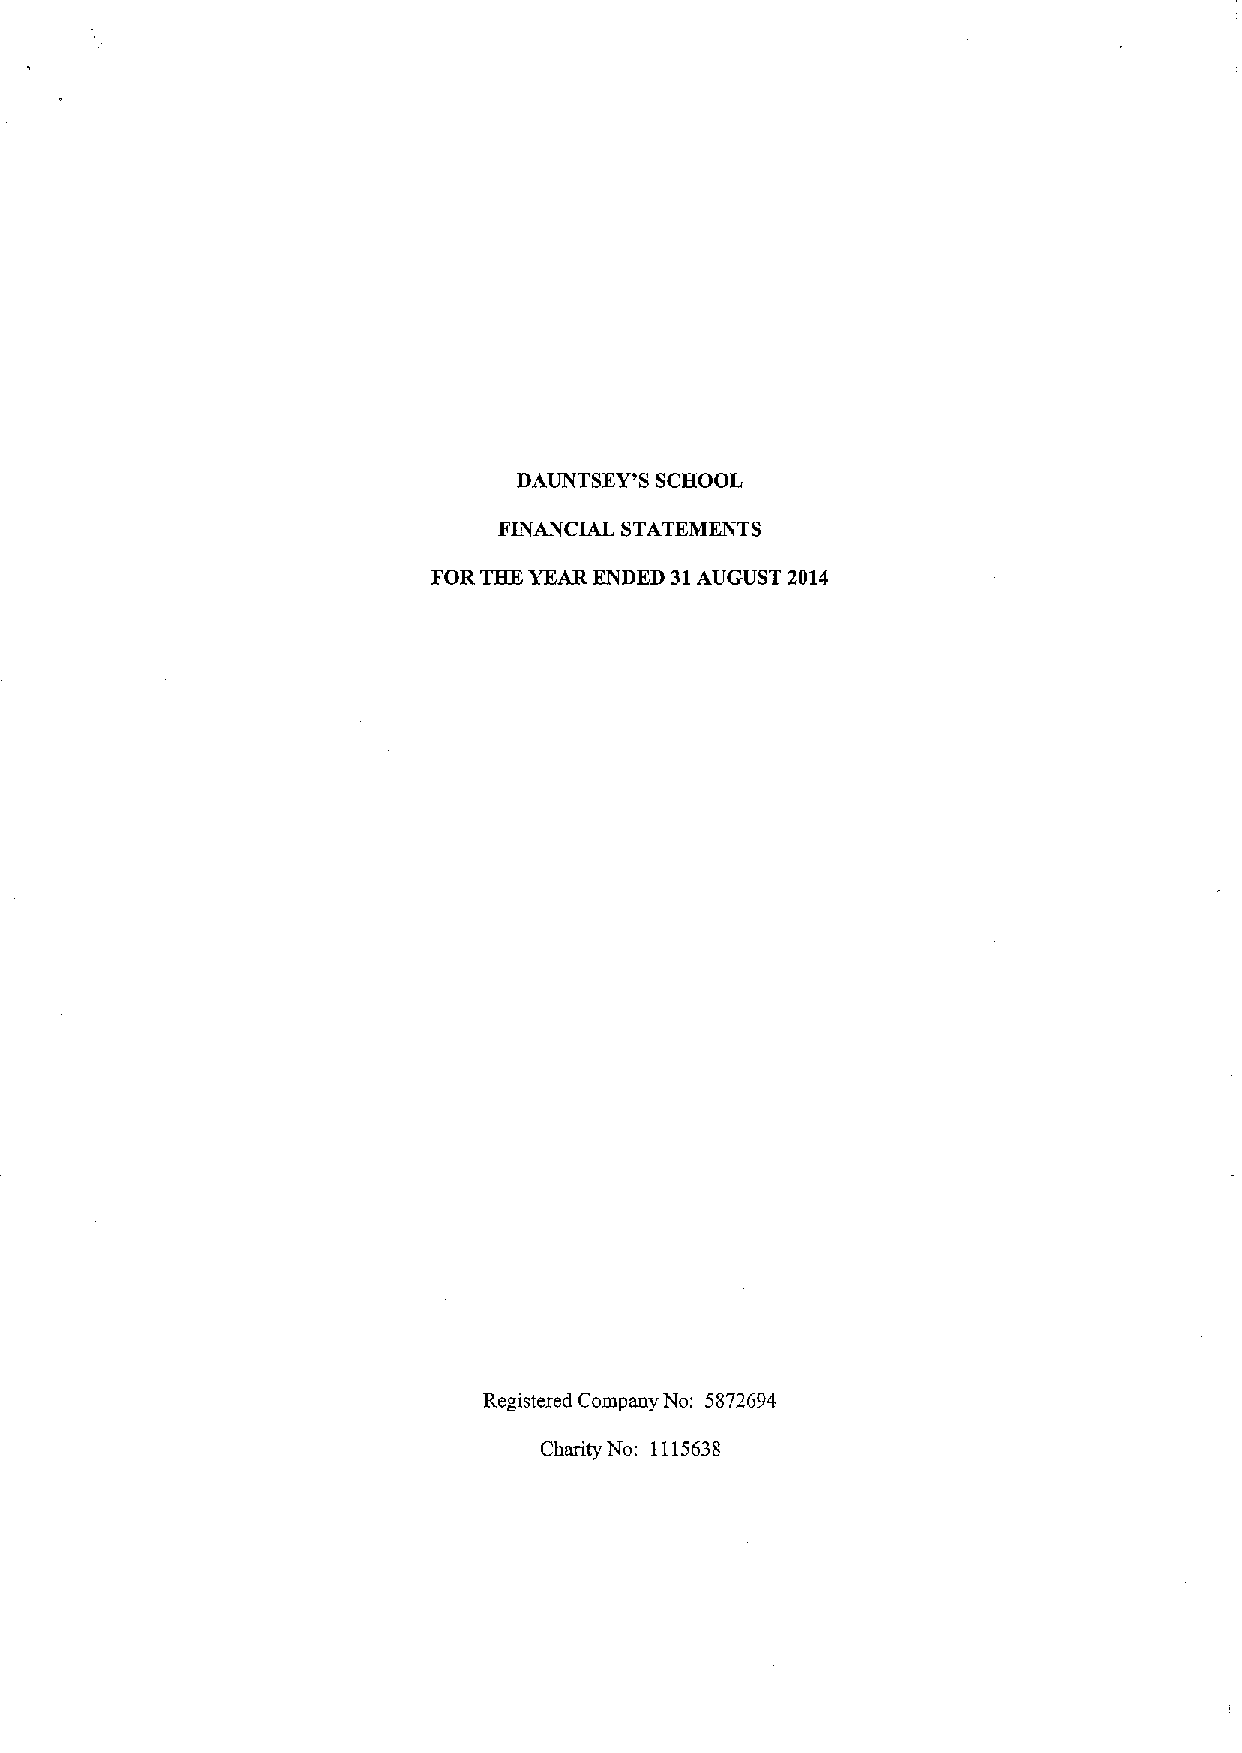
DAUNTSEY'S SCHOOL
 FINANCIAL STATEMENTS
 FOR THE YEAR ENDED 31AUGUST 2014
 Registered Company No: 5872694
 Charity No: 1115638